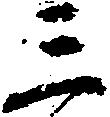
三